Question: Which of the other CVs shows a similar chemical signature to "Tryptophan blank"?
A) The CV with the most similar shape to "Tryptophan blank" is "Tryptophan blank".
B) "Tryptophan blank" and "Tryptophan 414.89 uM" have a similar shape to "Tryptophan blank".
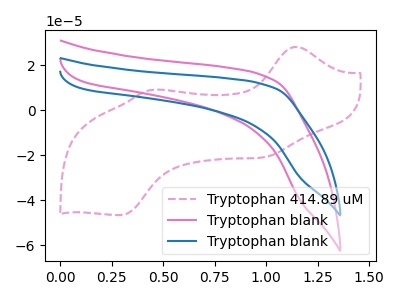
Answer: <think>The pink dashed curve "Tryptophan 414.89 uM" has anodic peaks at (1.15V, 28.25uA) (0.45V, 9.05uA) and cathodic peaks at (1.00V, -20.85uA) (0.30V, -46.65uA). The pink curve "Tryptophan blank" has no peaks. The blue curve "Tryptophan blank" has no peaks.
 "Tryptophan 414.89 uM" and "Tryptophan blank" have a different number of peaks. "Tryptophan 414.89 uM" and "Tryptophan blank" have a different number of peaks. Neither "Tryptophan blank" or "Tryptophan blank" have any peaks.</think>
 <answer>A) The CV with the most similar shape to "Tryptophan blank" is "Tryptophan blank".</answer>
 <eval>A</eval>